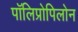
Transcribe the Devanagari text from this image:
पॉलिप्रोपिलोन